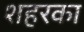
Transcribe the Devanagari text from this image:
शहरका